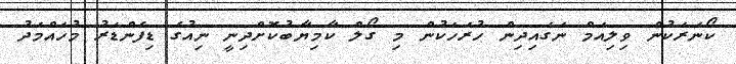
ކޯނަރަކުން ވިލިއަމް ނަގައިދިން ހުރަހަކުން މި ގޯލް ކާމިޔާބުކޮށްދިނީ ނިއުގެ ޑިފެންޑަރު މުހައްމަދު